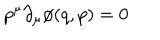
p ^ { \mu } \partial _ { \mu } \phi ( q , p ) = 0